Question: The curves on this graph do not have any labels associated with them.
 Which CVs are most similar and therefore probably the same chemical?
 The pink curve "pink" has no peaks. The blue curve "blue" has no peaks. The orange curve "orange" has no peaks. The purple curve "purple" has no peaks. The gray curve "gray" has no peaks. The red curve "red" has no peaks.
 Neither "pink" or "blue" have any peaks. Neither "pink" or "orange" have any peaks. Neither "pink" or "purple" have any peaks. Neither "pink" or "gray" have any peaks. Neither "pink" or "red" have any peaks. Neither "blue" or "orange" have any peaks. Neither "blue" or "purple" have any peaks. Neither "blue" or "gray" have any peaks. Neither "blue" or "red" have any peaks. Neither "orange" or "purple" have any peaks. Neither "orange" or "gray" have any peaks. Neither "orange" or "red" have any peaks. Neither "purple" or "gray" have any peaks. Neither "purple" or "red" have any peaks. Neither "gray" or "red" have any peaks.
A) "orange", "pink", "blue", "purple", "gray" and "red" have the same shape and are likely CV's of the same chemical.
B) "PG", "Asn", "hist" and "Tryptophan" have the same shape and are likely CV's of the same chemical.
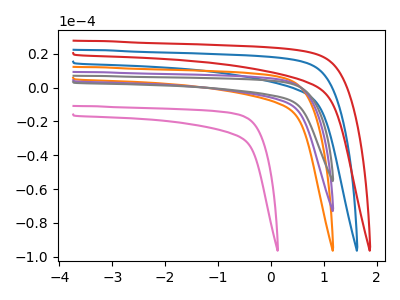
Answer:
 <answer>A) "orange", "pink", "blue", "purple", "gray" and "red" have the same shape and are likely CV's of the same chemical.</answer>
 <eval>A</eval>